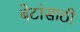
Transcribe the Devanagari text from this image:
बेटांसाठी